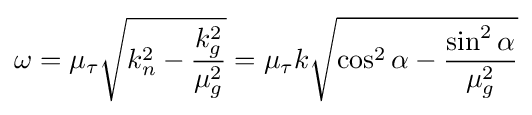
\omega =\mu _{\tau }{\sqrt {k_{n}^{2}-{\frac {k_{g}^{2}}{\mu _{g}^{2}}}}}=\mu _{\tau }k{\sqrt {\cos ^{2}\alpha -{\frac {\sin ^{2}\alpha }{\mu _{g}^{2}}}}}